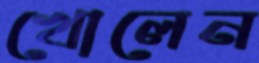
খোলেন